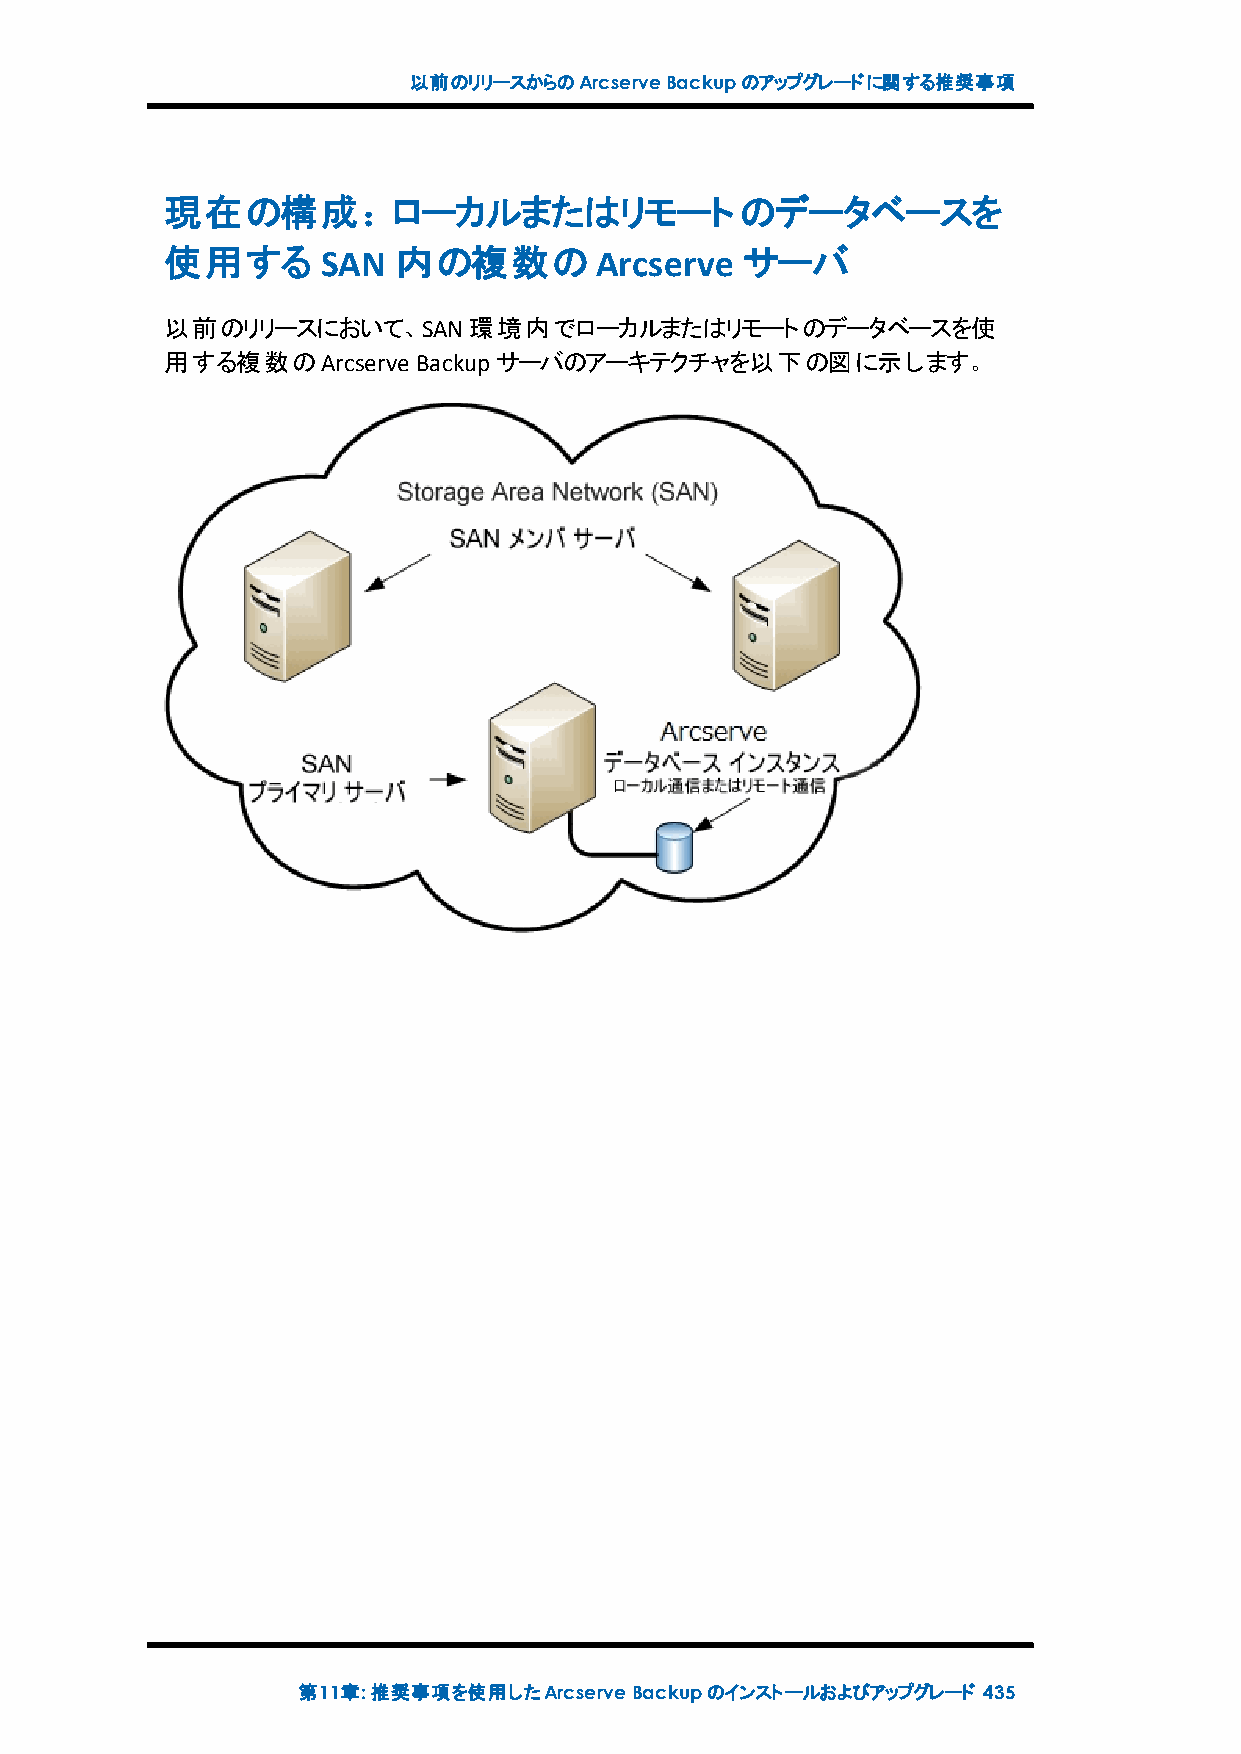
以前のリリースからのArcserveBackupのアップグレードに関する推奨事項
 現在の構成：ローカルまたはリモートのデータベースを
 使用する      SAN  内の複数のArcserve          サーバ
 以前のリリースにおいて、SAN環境内でローカルまたはリモートのデータベースを使
 用する複数のArcserve   Backupサーバのアーキテクチャを以下の図に示します。
 第11章:推奨事項を使用したArcserveBackupのインストールおよびアップグレード 435